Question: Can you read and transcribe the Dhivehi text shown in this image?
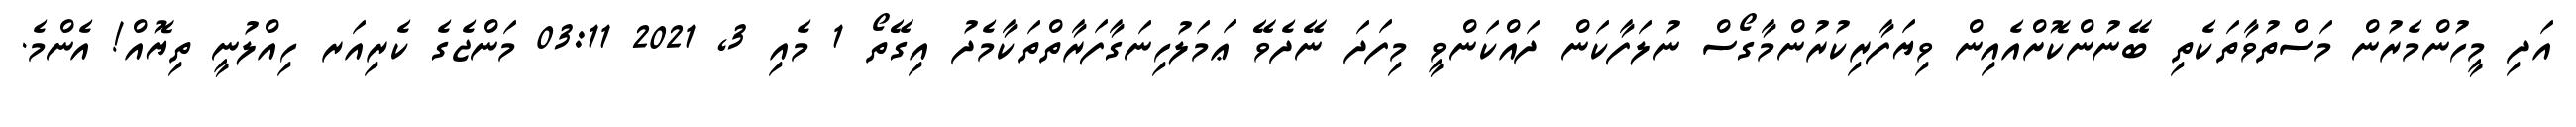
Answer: އަދި މީހުންމެރުން މަސްތުވާތަކެތި ބޭނުންކޮށްއެއިން ވިޔަފާރިކުރުންމާގޯސް ނުލަފާކަން ދައްކަންވީ މިފަދަ ނޭދެވޭ ޢަމަލުހިނަގާފަރާތްތަކާމެދު އިގޭތޯ 1 މެއި 3, 2021 03:11 މަންޖެގެ ކެރިއަރ ހިއްލުނީ ތިޔޮއް! އެންމެ.